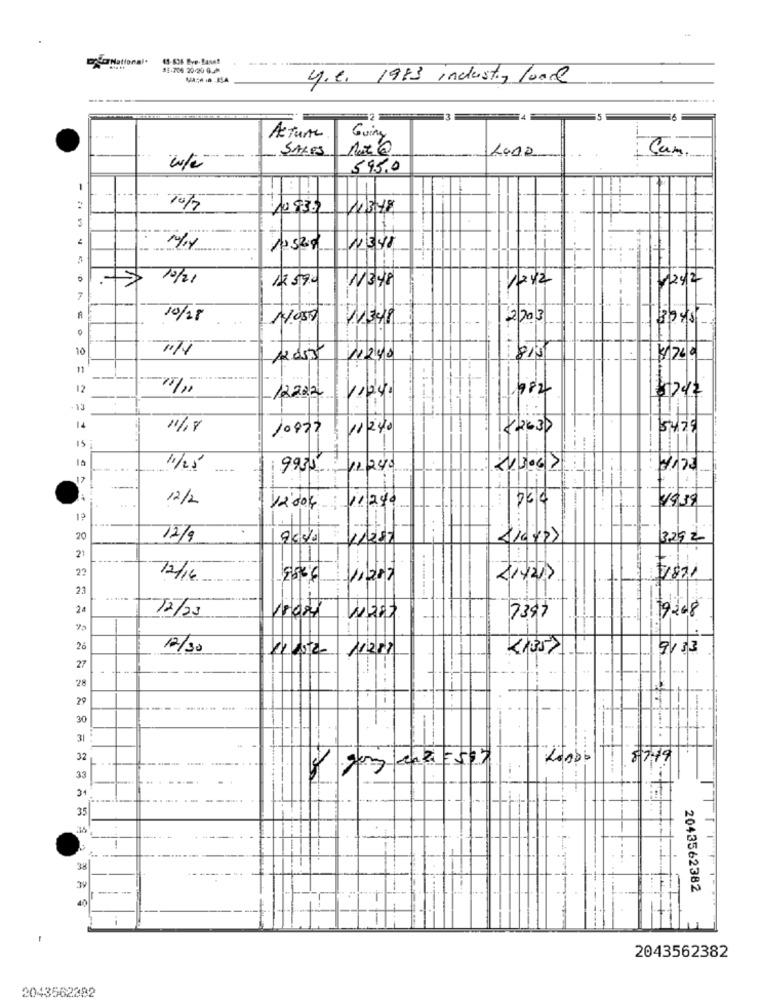
45-636 Bye- Baset
42-704 20-20 0.
4.6. 1983 industry load
3
Guing
Acture
SALES
Cam
595,0
-
401
1348
10 529
10/21
12 590
W348
1242
7242
7
10/28
1050
WER
2203
10
11240
-2
$200
11
12
782
$7.42
. 13
14
11/18
10927
11240
5429
11/25
9955 , 12240
17
12/2
11/248
264
49.39
.. .
12 dok
20
12/9
11257
3,29 2
21
---
22
12/16
2536
Videz
214217
7871
23
2ª
12/23
18080
7387
19208
26
12/30
11289
X1357
9133
27
28
29
30
31
32
87.19
33
35
-
38
39
------
2043562382
40
1
2043562382
2043562382